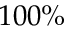
1 0 0 \%